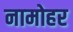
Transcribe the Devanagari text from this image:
नामोहर